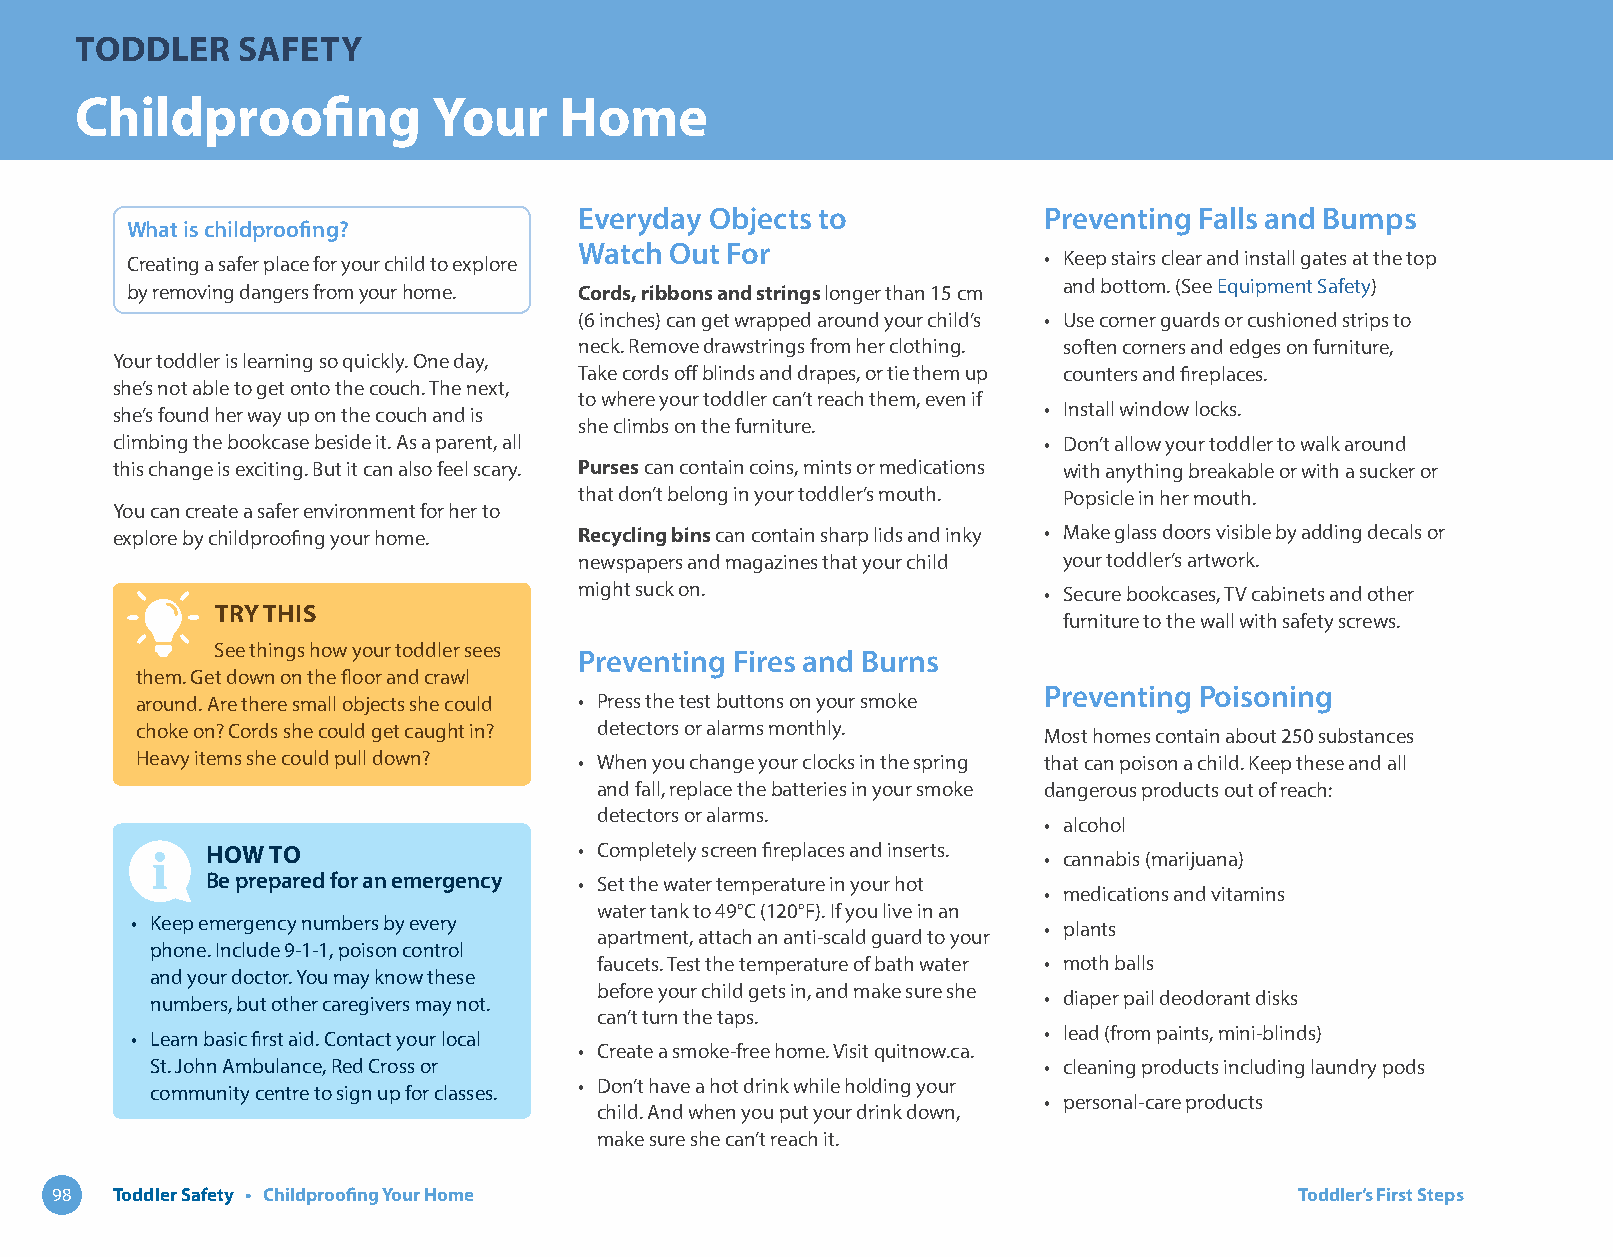
TODDLER    SAFETY
 Childproofing           Your    Home
 Everyday Objects to            Preventing Falls and Bumps
 What is childproofing?
 Watch Out For
 Creating a safer place for your child to explore             • Keep stairs clear and install gates at the top
 by removing dangers from your home. Cords, ribbons and strings longer than 15 cm and bottom. (See Equipment Safety)
 (6 inches) can get wrapped around your child’s • Use corner guards or cushioned strips to
 neck. Remove drawstrings from her clothing. soften corners and edges on furniture,
 Your toddler is learning so quickly. One day,
 Take cords off blinds and drapes, or tie them up counters and fireplaces.
 she’s not able to get onto the couch. The next,
 to where your toddler can’t reach them, even if
 she’s found her way up on the couch and is                    • Install window locks.
 she climbs on the furniture.
 climbing the bookcase beside it. As a parent, all             • Don’t allow your toddler to walk around
 this change is exciting. But it can also feel scary. Purses can contain coins, mints or medications with anything breakable or with a sucker or
 that don’t belong in your toddler’s mouth. Popsicle in her mouth.
 You can create a safer environment for her to
 explore by childproofing your home. Recycling bins can contain sharp lids and inky • Make glass doors visible by adding decals or
 newspapers and magazines that your child your toddler’s artwork.
 might suck on.                 • Secure bookcases, TV cabinets and other
 TRY THIS
 furniture to the wall with safety screws.
 See things how your toddler sees
 Preventing Fires and Burns
 them. Get down on the floor and crawl
 Preventing Poisoning
 around. Are there small objects she could • Press the test buttons on your smoke
 choke on? Cords she could get caught in? detectors or alarms monthly. Most homes contain about 250 substances
 Heavy items she could pull down? • When you change your clocks in the spring that can poison a child. Keep these and all
 and fall, replace the batteries in your smoke dangerous products out of reach:
 detectors or alarms.
 • alcohol
 HOW TO                  • Completely screen fireplaces and inserts.
 • cannabis (marijuana)
 Be prepared for an emergency • Set the water temperature in your hot
 • medications and vitamins
 water tank to 49°C (120°F). If you live in an
 • Keep emergency numbers by every                           • plants
 apartment, attach an anti-scald guard to your
 phone. Include 9-1-1, poison control
 faucets. Test the temperature of bath water • moth balls
 and your doctor. You may know these
 before your child gets in, and make sure she
 • diaper pail deodorant disks
 numbers, but other caregivers may not.
 can’t turn the taps.
 • lead (from paints, mini-blinds)
 • Learn basic first aid. Contact your local
 • Create a smoke-free home. Visit quitnow.ca.
 St. John Ambulance, Red Cross or                           • cleaning products including laundry pods
 • Don’t have a hot drink while holding your
 community centre to sign up for classes.
 • personal-care products
 child. And when you put your drink down,
 make sure she can’t reach it.
 98  Toddler Safety • Childproofing Your Home                                       Toddler’s First Steps